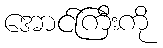
အောင်ကြီးကို